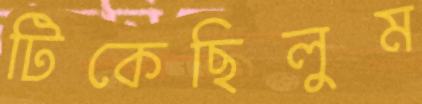
টিকেছিলুম